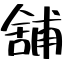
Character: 舖